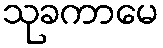
သုခကာမေ